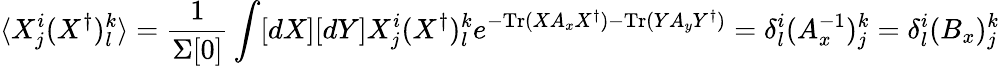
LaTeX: \langle X_{j}^{i}(X^{\dagger})_{l}^{k}\rangle=\frac{1}{\Sigma[0]}\int[dX][dY]X_{j}^{i}(X^{\dagger})_{l}^{k}e^{-\mathrm{Tr}(XA_{x}X^{\dagger})-\mathrm{Tr}(YA_{y}Y^{\dagger})}=\delta_{l}^{i}(A_{x}^{-1})_{j}^{k}=\delta_{l}^{i}(B_{x})_{j}^{k}